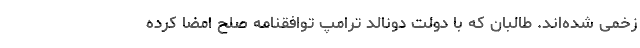
زخمی شده‌اند. طالبان که با دولت دونالد ترامپ توافقنامه صلح امضا کرده